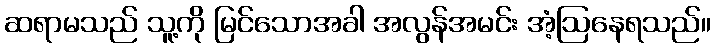
ဆရာမသည် သူ့ကို မြင်သောအခါ အလွန်အမင်း အံ့ဩနေရသည်။